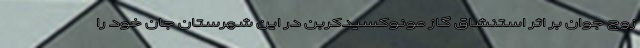
زوج جوان بر اثر استنشاق گاز مونوکسیدکربن در این شهرستان جان خود را